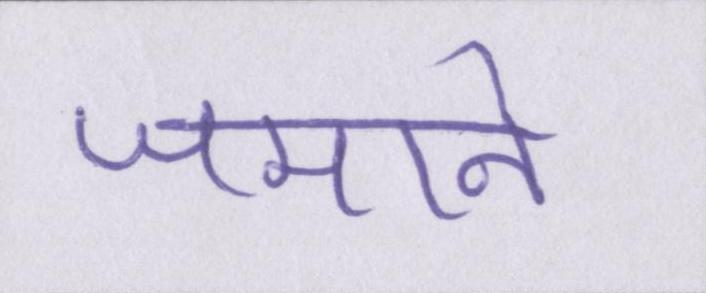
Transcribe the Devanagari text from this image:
जमाने